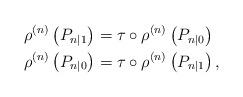
LaTeX: \begin{align*}\rho^{(n)}\left(P_{n|1}\right) &= \tau \circ \rho^{(n)}\left(P_{n|0}\right)\\\rho^{(n)}\left(P_{n|0}\right) &= \tau \circ \rho^{(n)}\left(P_{n|1}\right),\end{align*}